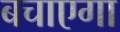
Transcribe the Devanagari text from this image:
बचाएगा